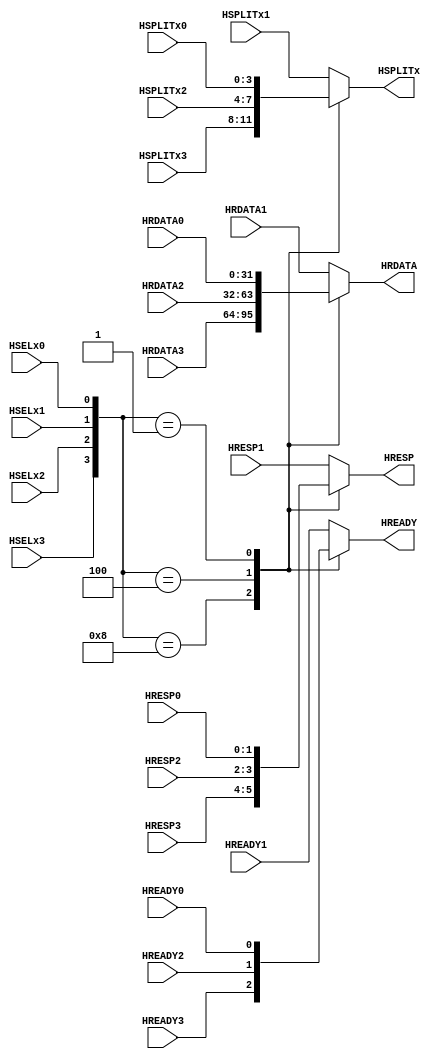
module mux_s2m (
    input  wire HSELx0,
    input  wire HSELx1,  
    input  wire HSELx2,
    input  wire HSELx3, 
    input  wire HREADY0,
    input  wire [1:0] HRESP0,
    input  wire [31:0] HRDATA0,
    input  wire [3:0] HSPLITx0,//to arbiter
    input  wire HREADY1,
    input  wire [1:0] HRESP1,
    input  wire [31:0] HRDATA1,
    input  wire [3:0] HSPLITx1,//to arbiter
    input  wire HREADY2,
    input  wire [1:0] HRESP2,
    input  wire [31:0] HRDATA2,
    input  wire [3:0] HSPLITx2,//to arbiter
    input  wire HREADY3,
    input  wire [1:0] HRESP3,
    input  wire [31:0] HRDATA3,
    input  wire [3:0] HSPLITx3,//to arbiter

    output  reg HREADY,
    output  reg [1:0] HRESP,
    output  reg [31:0] HRDATA,
    output  reg [3:0] HSPLITx//to arbiter
);

wire [3:0] HSELx;
assign HSELx={HSELx3,HSELx2,HSELx1,HSELx0};
always @(*) begin
    case (HSELx)
        4'b1000:begin
            HREADY=HREADY3;
            HRESP=HRESP3;
            HRDATA=HRDATA3;
            HSPLITx=HSPLITx3;
        end
        4'b0100:begin
            HREADY=HREADY2;
            HRESP=HRESP2;
            HRDATA=HRDATA2;
            HSPLITx=HSPLITx2;
        end
        4'b0010:begin
            HREADY=HREADY1;
            HRESP=HRESP1;
            HRDATA=HRDATA1;
            HSPLITx=HSPLITx1;
        end
        4'b0001:begin
            HREADY=HREADY0;
            HRESP=HRESP0;
            HRDATA=HRDATA0;
            HSPLITx=HSPLITx0;
        end
        default: begin
            HREADY=HREADY1;
            HRESP=HRESP1;
            HRDATA=HRDATA1;
            HSPLITx=HSPLITx1;
        end
    endcase
end

endmodule //mux_s2m